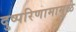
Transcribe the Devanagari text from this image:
दुष्परिणामामुळे